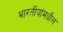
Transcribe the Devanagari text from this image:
भारतीयांमधील